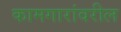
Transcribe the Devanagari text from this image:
कामगारांवरील